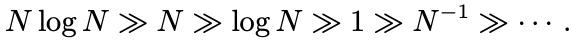
$N\log N \gg N \gg \log N \gg 1 \gg N^{-1} \gg \cdots$